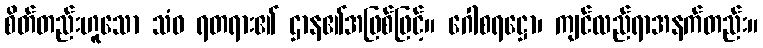
စိတ်တည်းဟူသော သံဝ ရတရား၏ ဌာန၏အဖြစ်ဖြင့်။ ဂေါစရဋ္ဌော၊ ကျင်လည်ရာအနက်တည်း။